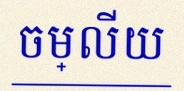
ចម្លើយ